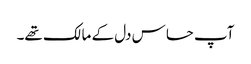
آپ حساس دل کے مالک تھے۔